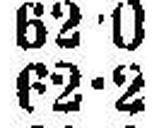
62•2